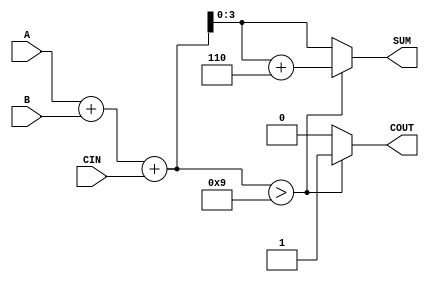
module BCD_Conditional_Adder (
    input  wire [3:0] A,      // First BCD digit input
    input  wire [3:0] B,      // Second BCD digit input
    input  wire CIN,          // Carry input
    output reg  [3:0] SUM,    // BCD result of the addition
    output reg  COUT          // Carry output
);

    wire [4:0] S;             // 5-bit sum to hold the result of A + B + CIN

    // Step 1: Perform binary addition
    assign S = A + B + CIN;

    // Step 2: BCD correction
    always @(*) begin
        if (S > 9) begin
            SUM = S + 6;      // Apply correction for BCD
            COUT = 1;        // Set carry out
        end else begin
            SUM = S;         // No correction needed
            COUT = 0;        // No carry out
        end
    end

endmodule